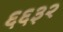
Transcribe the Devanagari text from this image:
६६३२